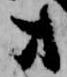
方